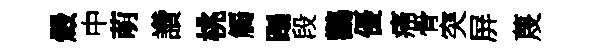
燬中萌讚桃觸蹋段鸛優痛骨突屏蔑